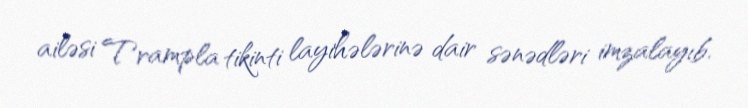
ailəsi Trampla tikinti layihələrinə dair sənədləri imzalayıb.